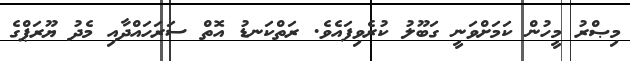
މިޞްރު މީހުން ކަމަށްވަނީ ގަބޫލު ކުރެވިފައެވެ. ރަތްކަނޑު އޮތް ސަރަހައްދާއި މެދު ޔޫރަޕްގެ